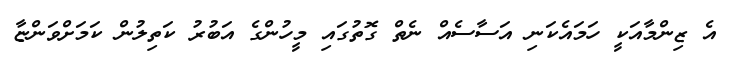
އެ ޒިންމާއަކީ ހަމައެކަނި އަސާސެއް ނެތް ގޮތުގައި މީހުންގެ އަބުރު ކަތިލުން ކަމަށްވަންޏާ